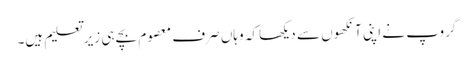
گروپ نے اپنی آنکھوں سے دیکھا کہ وہاں صرف معصوم بچے ہی زیر تعلیم ہیں۔